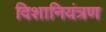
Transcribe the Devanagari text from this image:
दिशानियंत्रण